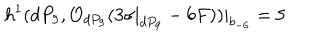
h ^ { 1 } ( d P _ { 9 } , { \cal O } _ { d P _ { 9 } } ( 3 \sigma | _ { d P _ { 9 } } - 6 F ) ) | _ { b _ { - 6 } } = 5